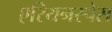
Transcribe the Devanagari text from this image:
एरियनस्पेस